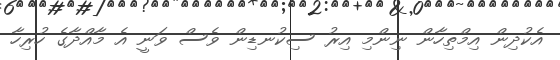
އެކުދިން އިމްތިހާން ނިންމި އިރު ސިކުނޑިން ވެސް ވަނީ އެ މާއްދާގެ ހުރިހާ